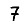
Digit: 7